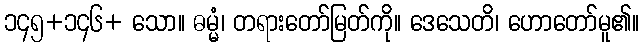
၁၄၅+၁၄၆+ သော။ ဓမ္မံ၊ တရားတော်မြတ်ကို။ ဒေသေတိ၊ ဟောတော်မူ၏။